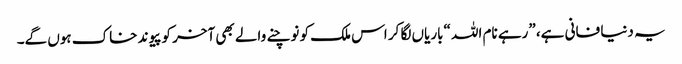
یہ دنیا فانی ہے، ”رہے نام اللہ “باریاں لگا کر اس ملک کو نوچنے والے بھی آخر کو پیوند خاک ہوں گے۔